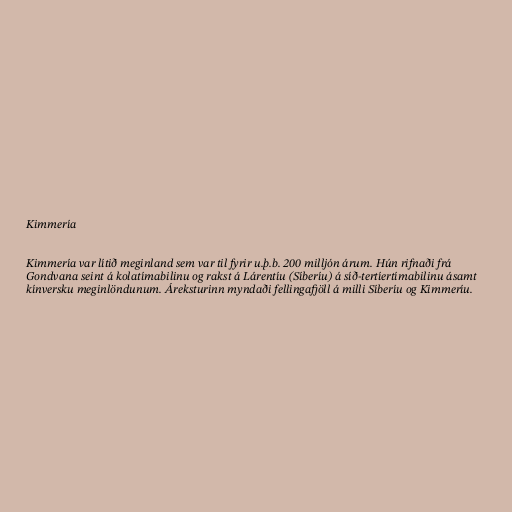
Kimmería

Kimmería var lítið meginland sem var til fyrir u.þ.b. 200 milljón árum. Hún rifnaði frá
Gondvana seint á kolatímabilinu og rakst á Lárentíu (Síberíu) á síð-tertíertímabilinu ásamt
kínversku meginlöndunum. Áreksturinn myndaði fellingafjöll á milli Síberíu og Kimmeríu.